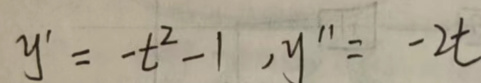
\[y'=-t^{2}-1,y''=-2t\]